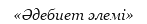
«Әдебиет әлемі»